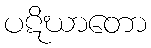
ပဋိဃာတော